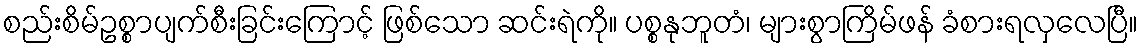
စည်းစိမ်ဥစ္စာပျက်စီးခြင်းကြောင့် ဖြစ်သော ဆင်းရဲကို။ ပစ္စနုဘူတံ၊ များစွာကြိမ်ဖန် ခံစားရလှလေပြီ။